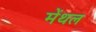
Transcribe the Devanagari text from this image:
मेंथल